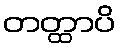
တတ္ထာပိ